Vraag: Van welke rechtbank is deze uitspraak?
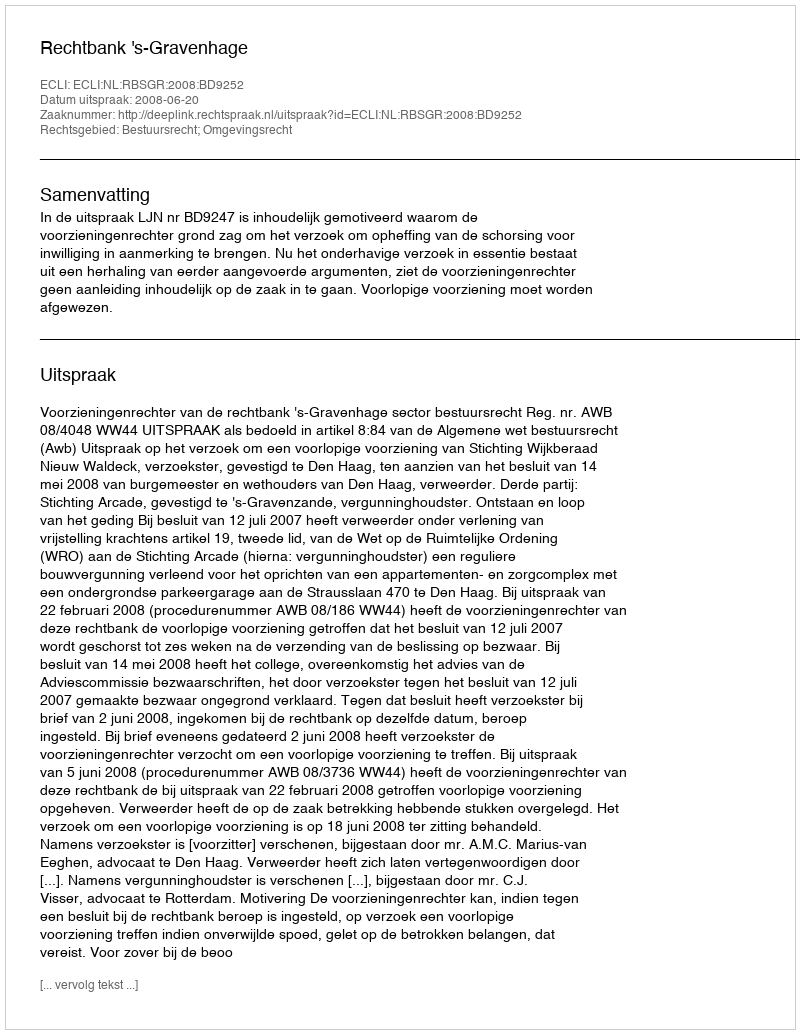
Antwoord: Rechtbank 's-Gravenhage